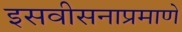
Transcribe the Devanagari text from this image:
इसवीसनाप्रमाणे